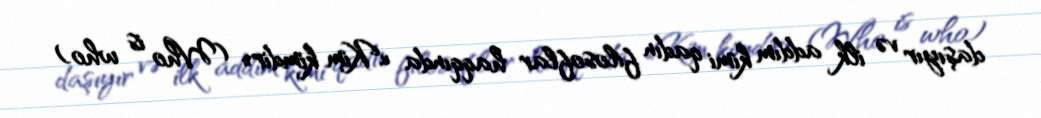
daşıyır və ilk addım kimi qadın filosoflar haqqında «Kim kimdir» (Who is who)